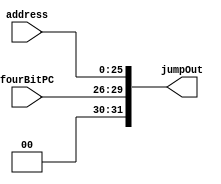
module controlJump(jumpOut,fourBitPC,address);
	output [31:0] jumpOut;
	input [3:0] fourBitPC;
	input [25:0] address;
	or(jumpOut[0],1'b0,address[0]);  
	or(jumpOut[1],1'b0,address[1]);
	or(jumpOut[2],1'b0,address[2]);  
	or(jumpOut[3],1'b0,address[3]);
	or(jumpOut[4],1'b0,address[4]);
	or(jumpOut[5],1'b0,address[5]);
	or(jumpOut[6],1'b0,address[6]);
	or(jumpOut[7],1'b0,address[7]);
	or(jumpOut[8],1'b0,address[8]);
	or(jumpOut[9],1'b0,address[9]);
	or(jumpOut[10],1'b0,address[10]);
	or(jumpOut[11],1'b0,address[11]);
	or(jumpOut[12],1'b0,address[12]);
	or(jumpOut[13],1'b0,address[13]);
	or(jumpOut[14],1'b0,address[14]);
	or(jumpOut[15],1'b0,address[15]);
	or(jumpOut[16],1'b0,address[16]);
	or(jumpOut[17],1'b0,address[17]);
	or(jumpOut[18],1'b0,address[18]);
	or(jumpOut[19],1'b0,address[19]);
	or(jumpOut[20],1'b0,address[20]);
	or(jumpOut[21],1'b0,address[21]);
	or(jumpOut[22],1'b0,address[22]);
	or(jumpOut[23],1'b0,address[23]);
	or(jumpOut[24],1'b0,address[24]);
	or(jumpOut[25],1'b0,address[25]);
	
	or(jumpOut[26],1'b0,fourBitPC[0]);
	or(jumpOut[27],1'b0,fourBitPC[1]);
	or(jumpOut[28],1'b0,fourBitPC[2]);
	or(jumpOut[29],1'b0,fourBitPC[3]);
	
	or(jumpOut[30],1'b0,1'b0);
	or(jumpOut[31],1'b0,1'b0);
	
endmodule